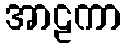
အာဠကာ